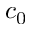
c _ { 0 }